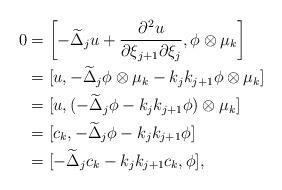
LaTeX: \begin{align*}0&=\left[-\widetilde{\Delta}_ju+\frac{\partial^2u}{\partial\xi_{j+1}\partial\xi_j},\phi\otimes\mu_k\right]\\&=[u,-\widetilde{\Delta}_j\phi\otimes\mu_k-k_jk_{j+1}\phi\otimes\mu_k]\\&=[u,(-\widetilde{\Delta}_j\phi-k_jk_{j+1}\phi)\otimes\mu_k]\\&=[c_k,-\widetilde{\Delta}_j\phi-k_jk_{j+1}\phi]\\&=[-\widetilde{\Delta}_jc_k-k_jk_{j+1}c_k,\phi],\end{align*}